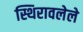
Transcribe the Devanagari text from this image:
स्थिरावलेले